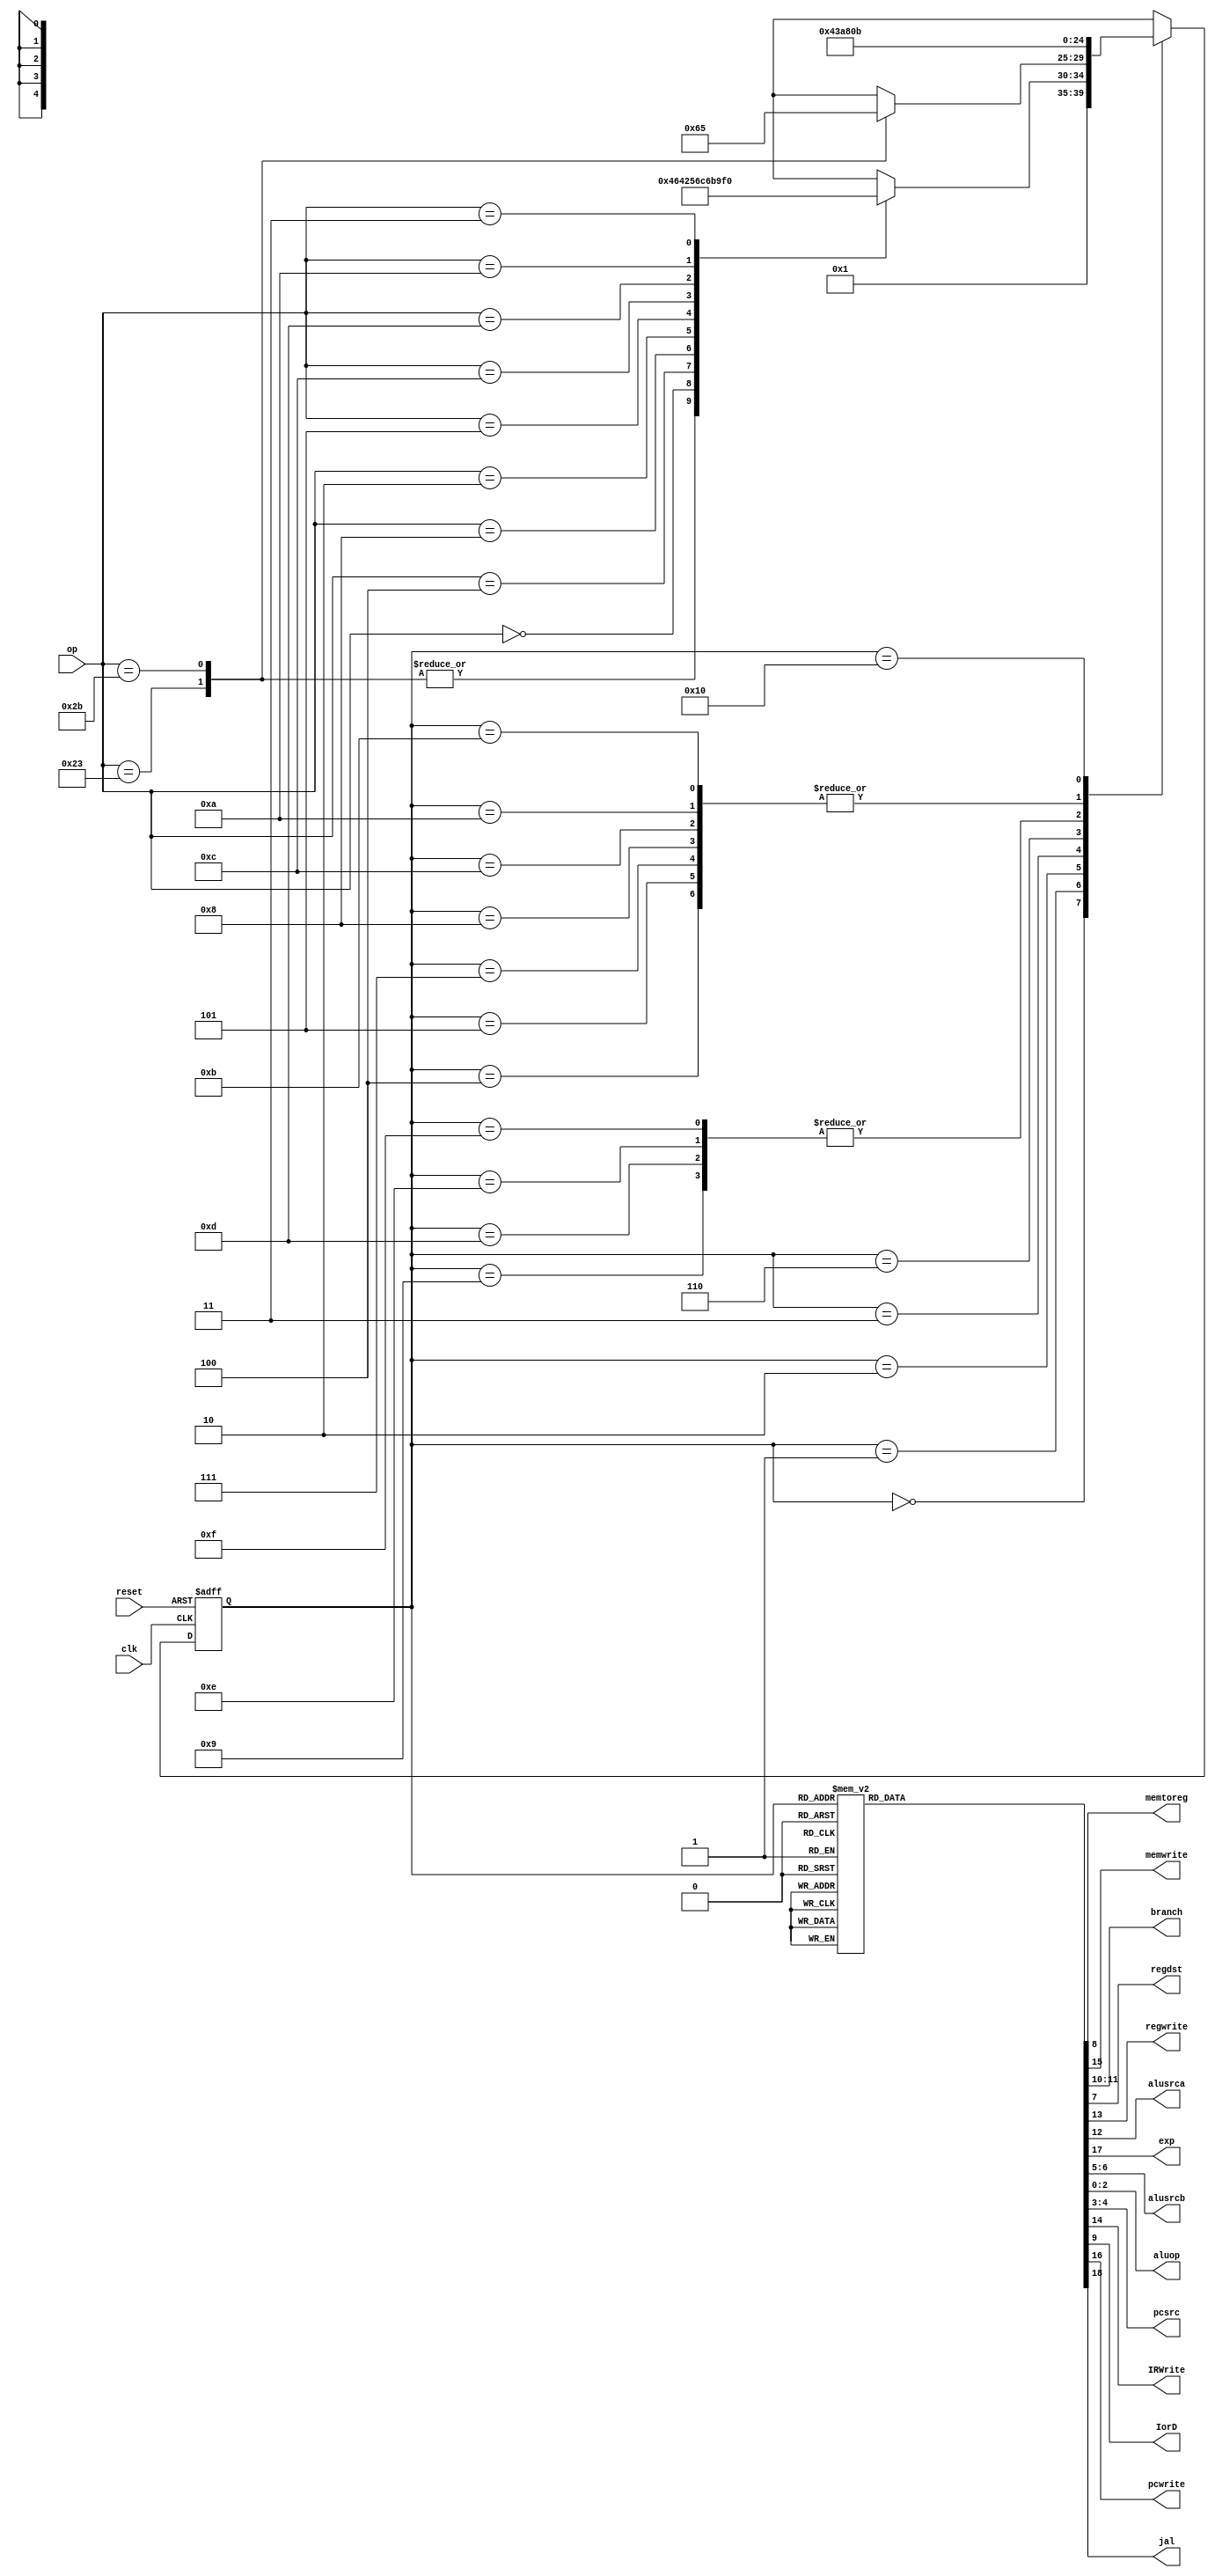
`timescale 1ns / 1ps
//////////////////////////////////////////////////////////////////////////////////
// Company: 
// Engineer: 
// 
// Design Name: 
// Module Name: maindec
// Project Name: 
// Target Devices: 
// Tool Versions: 
// Description: 
// 
// Dependencies: 
// 
// Revision:
// Revision 0.01 - File Created
// Additional Comments:
// 
//////////////////////////////////////////////////////////////////////////////////


module maindec(input [5:0] op,
               input reset, clk,
               output memtoreg, memwrite, 
               output [1:0] branch,
               output regdst, regwrite, alusrca, exp,
               output [1:0] alusrcb, 
               output [2:0] aluop,
               output [1:0] pcsrc,
               output IRWrite, IorD, pcwrite, jal);
    reg [18:0] controls;
    assign {jal, exp, pcwrite, memwrite, IRWrite, regwrite, alusrca, branch, IorD, memtoreg, 
    regdst, alusrcb, pcsrc, aluop} = controls;
    
    parameter fetch = 5'b00000;
    parameter decode = 5'b00001;
    parameter memadr = 5'b00010;
    parameter memrd = 5'b00011;
    parameter memwb = 5'b00100;
    parameter memwr = 5'b00101;
    parameter rtypeex = 5'b00110;
    parameter rtypewb = 5'b00111;
    parameter beqex = 5'b01000;
    parameter addiex = 5'b01001;
    parameter itypewb = 5'b01010;
    parameter jex = 5'b01011;
    parameter bneex = 5'b01100;
    parameter andiex = 5'b01101;
    parameter oriex = 5'b01110;
    parameter sltiex = 5'b01111;
    parameter link = 5'b10000;
    parameter jr = 5'b10001;
    
    parameter Rtype = 6'b000000;
    parameter SW = 6'b101011;
    parameter LW = 6'b100011;
    parameter BEQ = 6'b000100;
    parameter ADDI = 6'b001000;
    parameter J = 6'b000010;
    parameter BNE = 6'b000101;
    parameter ANDI = 6'b001100;
    parameter ORI = 6'b001101;
    parameter SLTI = 6'b001010;
    parameter JAL = 6'b000011;
    
    reg [4:0] state, nextstate;
    always@(posedge clk, posedge reset)
        if(reset) state <= fetch;
        else      state <= nextstate;
        
    always@(*)
        case(state)
            fetch: nextstate <= decode;
            decode: 
                case(op)
                    LW:    nextstate <= memadr;
                    SW:    nextstate <= memadr;
                    Rtype: nextstate <= rtypeex;
                    BEQ:   nextstate <= beqex;
                    ADDI:  nextstate <= addiex;
                    J:     nextstate <= jex;
                    BNE:   nextstate <= bneex;
                    ANDI:  nextstate <= andiex;
                    ORI:   nextstate <= oriex;
                    SLTI:  nextstate <= sltiex;
                    JAL:   nextstate <= link;
                    default: nextstate <= 5'bxxxxx;
                endcase
            memadr:
                case(op)
                    LW: nextstate <= memrd;
                    SW: nextstate <= memwr;
                    default: nextstate <= 5'bxxxxx;
                endcase
            memrd:   nextstate <= memwb;
            memwb:   nextstate <= fetch;
            memwr:   nextstate <= fetch;
            rtypeex: nextstate <= rtypewb;
            rtypewb: nextstate <= fetch;
            beqex:   nextstate <= fetch;
            bneex:   nextstate <= fetch;
            addiex:  nextstate <= itypewb;
            andiex:  nextstate <= itypewb;
            oriex:   nextstate <= itypewb;
            sltiex:  nextstate <= itypewb;
            itypewb: nextstate <= fetch;
            jex:     nextstate <= fetch;
            link:    nextstate <= jex;
            default: nextstate <= 5'bxxxxx;
        endcase
        
    always@(*)
        case(state)
            fetch:   controls <= 19'b0110100000000100000;
            decode:  controls <= 19'b0100000000001100000;
            memadr:  controls <= 19'b0100001000001000000;
            memrd:   controls <= 19'b0100000001000000000;
            memwb:   controls <= 19'b0100010000100000000;
            memwr:   controls <= 19'b0101000001000000000;
            rtypeex: controls <= 19'b0100001000000000010;
            rtypewb: controls <= 19'b0100010000010000000;
            beqex:   controls <= 19'b0100001010000001001;
            bneex:   controls <= 19'b0100001100000001001;
            addiex:  controls <= 19'b0100001000001000000;
            andiex:  controls <= 19'b0000001000001000011;
            oriex:  controls <= 19'b0000001000001000100;
            sltiex:  controls <= 19'b0100001000001000101;
            itypewb:  controls <= 19'b0100010000000000000;
            link:  controls <= 19'b1100000000000000000;
            jex:     controls <= 19'b0110000000000010000;
default: controls <= 19'bxxxxxxxxxxxxxxxxxxx;
        endcase
endmodule